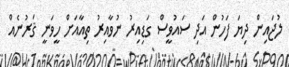
ލުޖައިން ދިޔަ ފަހުން އަދި ސައުވީސް ގަޑިއިރު ނުވާއިރު ތިއާއަށް ހީވަނީ ޤަރުނެއް